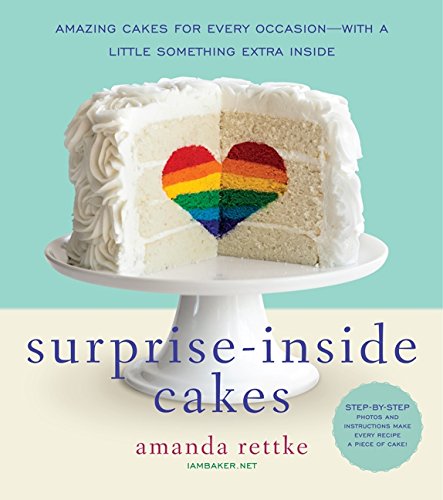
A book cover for Surprise-Inside Cakes: Amazing Cakes for Every Occasion--with a Little Something Extra Inside; Amanda Rettke; Cookbooks, Food & Wine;